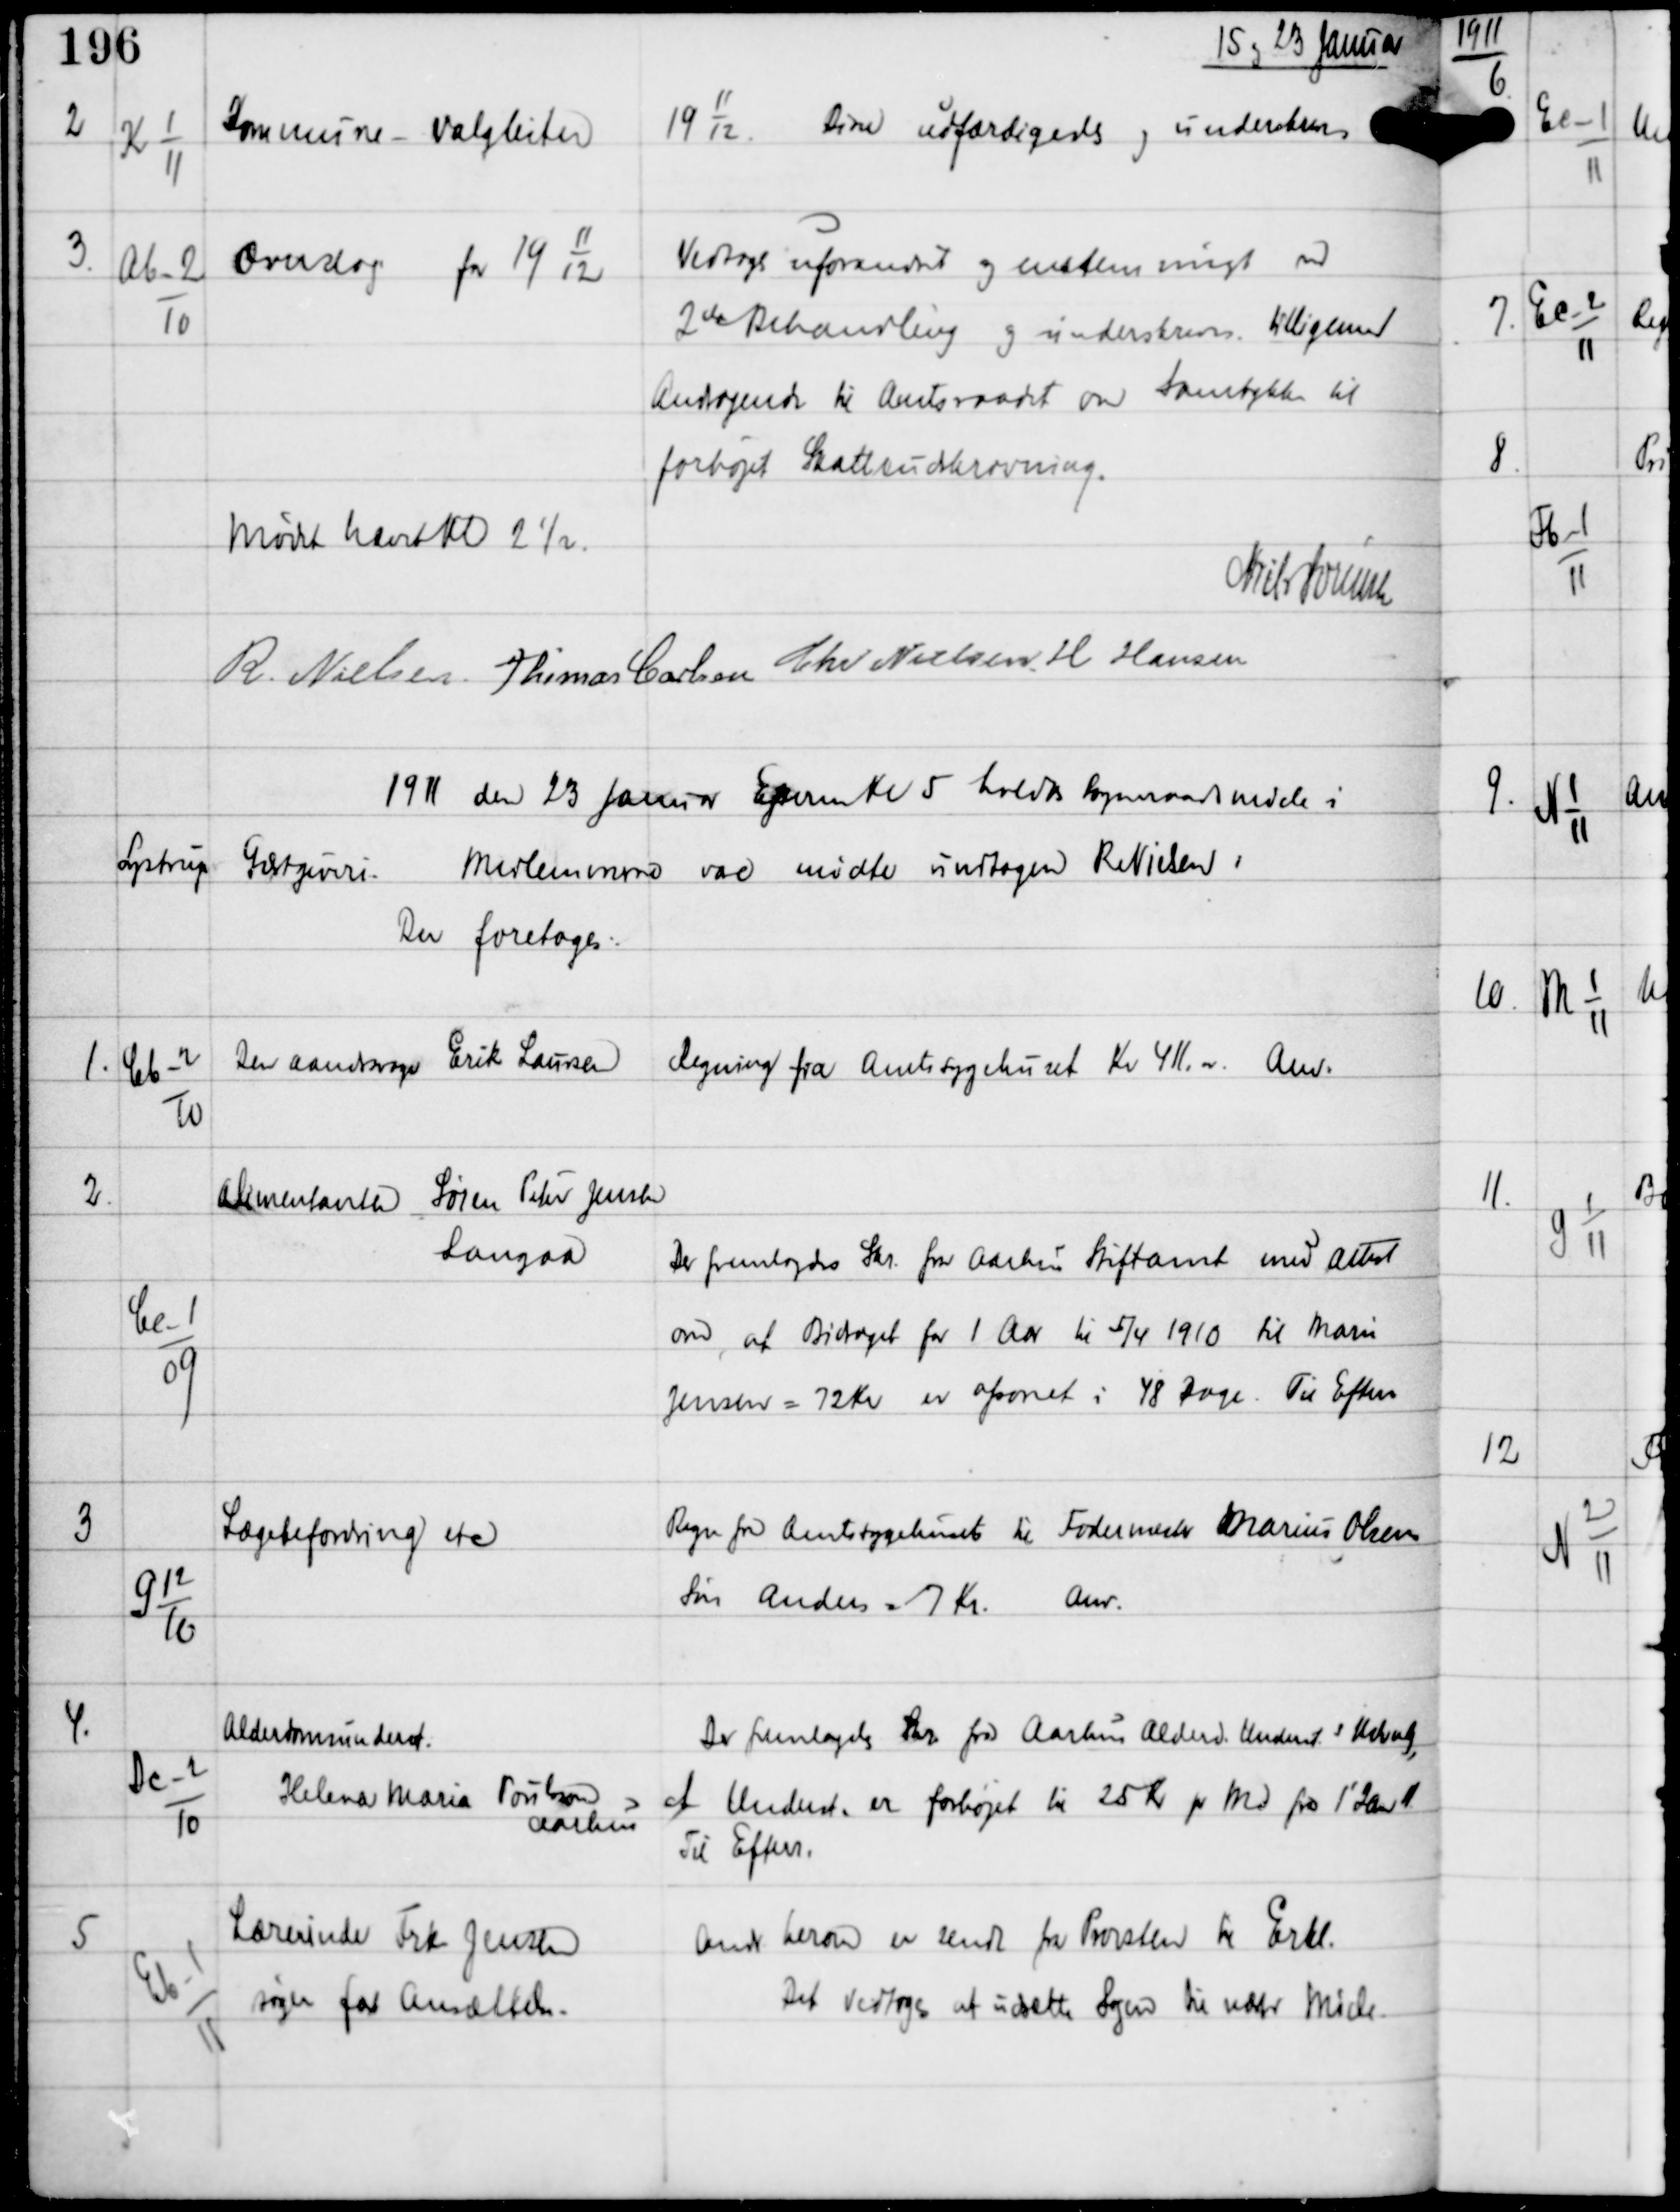
Transskription:
15 og 23 Januar

2

K 1
11

Kommune - Valglister
191112

Disse udfærdigedes og underskrevedes

3

Ab-2
10

Overslag for 191112

Vedtoges uforandret og enstemmigt ved
2de Behandling og underskreves tilligemed
Andragende til Amtsraadet om Samtykke til
forhøjet Skatteudskrivning.

Mødet hævet Kl 2½

Niels Sørensen

R Nielsen Thomas Carlsen Chr Nielsen H Hansen

1911 den 23 Januar Efterm Kl 5 holdtes Sogneraadsmøde i
Lystrup Gæstgiveri.
Medlemmerne vare mødte undtagen R Nielsen.
Der foretoges:

1.

Cb-2
10

Den aandsvage Erik Laursen

Regning fra Amtssygehuset Kr 411.00
Anv.

2.

Ce-1
09

Alimentanten Søren Peter Jensen
Langaa

Der fremlagdes Skr fra Aarhus Stiftamt med Attest
om, at Bidraget for 1 Aar til 5/4 1910 til Marie
Jensen = 72 Kr er afsonet i 48 Dage.
Til Efterr.

3

G 12
10

Lægebefordring etc

Regn fra Amtssygehuset til Fodermester Marius Olsens
Søn Anders = 7 Kr.
Anv.

4.

Dc-2
10

Alderdomsunderst
Helene Maria Porilsson
Aarhus

Der fremlagdes Skr fra Aarhus Alderd. Understs Udvalg,
at Underst er forhøjet til 25 Kr pr Md fra 1' Jan 11
Til Efterr.

5

Eb-1
11

Lærerinde Frk Jensen
søger fast Ansættelse.

Andr herom er sendt fra Provsten til Erkl.
Det vedtoges at udsætte Sagen til næste Møde.